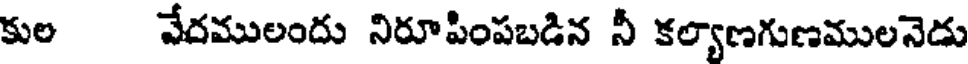
కుల వేదములందు నిరూపింపబడిన నీ కల్యాణగుణములనెడు